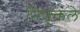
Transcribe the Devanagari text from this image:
नियुक्तले